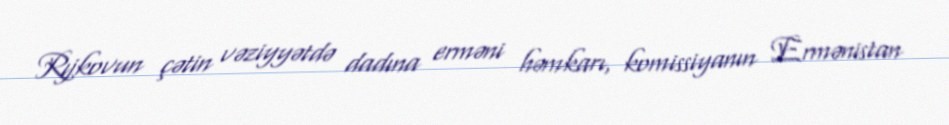
Rıjkovun çətin vəziyyətdə dadına erməni həmkarı, komissiyanın Ermənistan